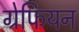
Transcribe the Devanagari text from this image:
ग्रेफियन